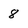
Character: 8